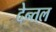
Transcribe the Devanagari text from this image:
देन्तल